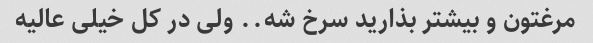
مرغتون و بیشتر بذارید سرخ شه.. ولی در کل خیلی عالیه